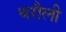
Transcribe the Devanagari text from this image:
थरौली